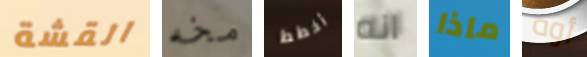
القشة مخه أخطط انه ماذا أوه